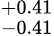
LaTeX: _{-0.41}^{+0.41}